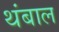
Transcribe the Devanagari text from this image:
थंबाल